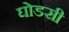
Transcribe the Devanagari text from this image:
घोडसी